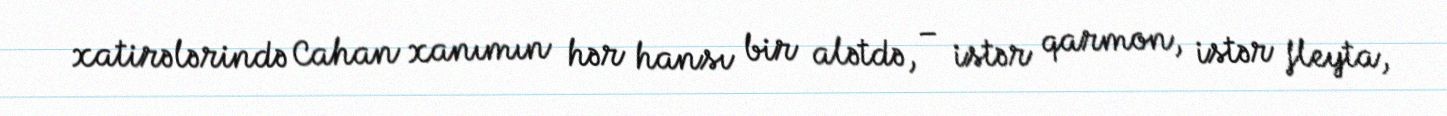
xatirələrində Cahan xanımın hər hansı bir alətdə, – istər qarmon, istər fleyta,